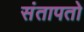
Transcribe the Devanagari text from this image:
संतापतो